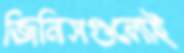
জিনিসগুলোই